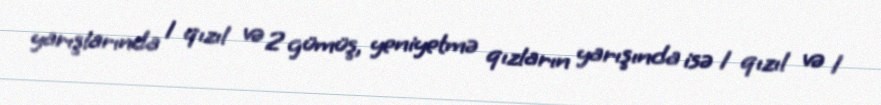
yarışlarında 1 qızıl və 2 gümüş, yeniyetmə qızların yarışında isə 1 qızıl və 1